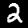
Digit: 2